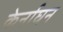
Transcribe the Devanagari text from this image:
केर्नाघन